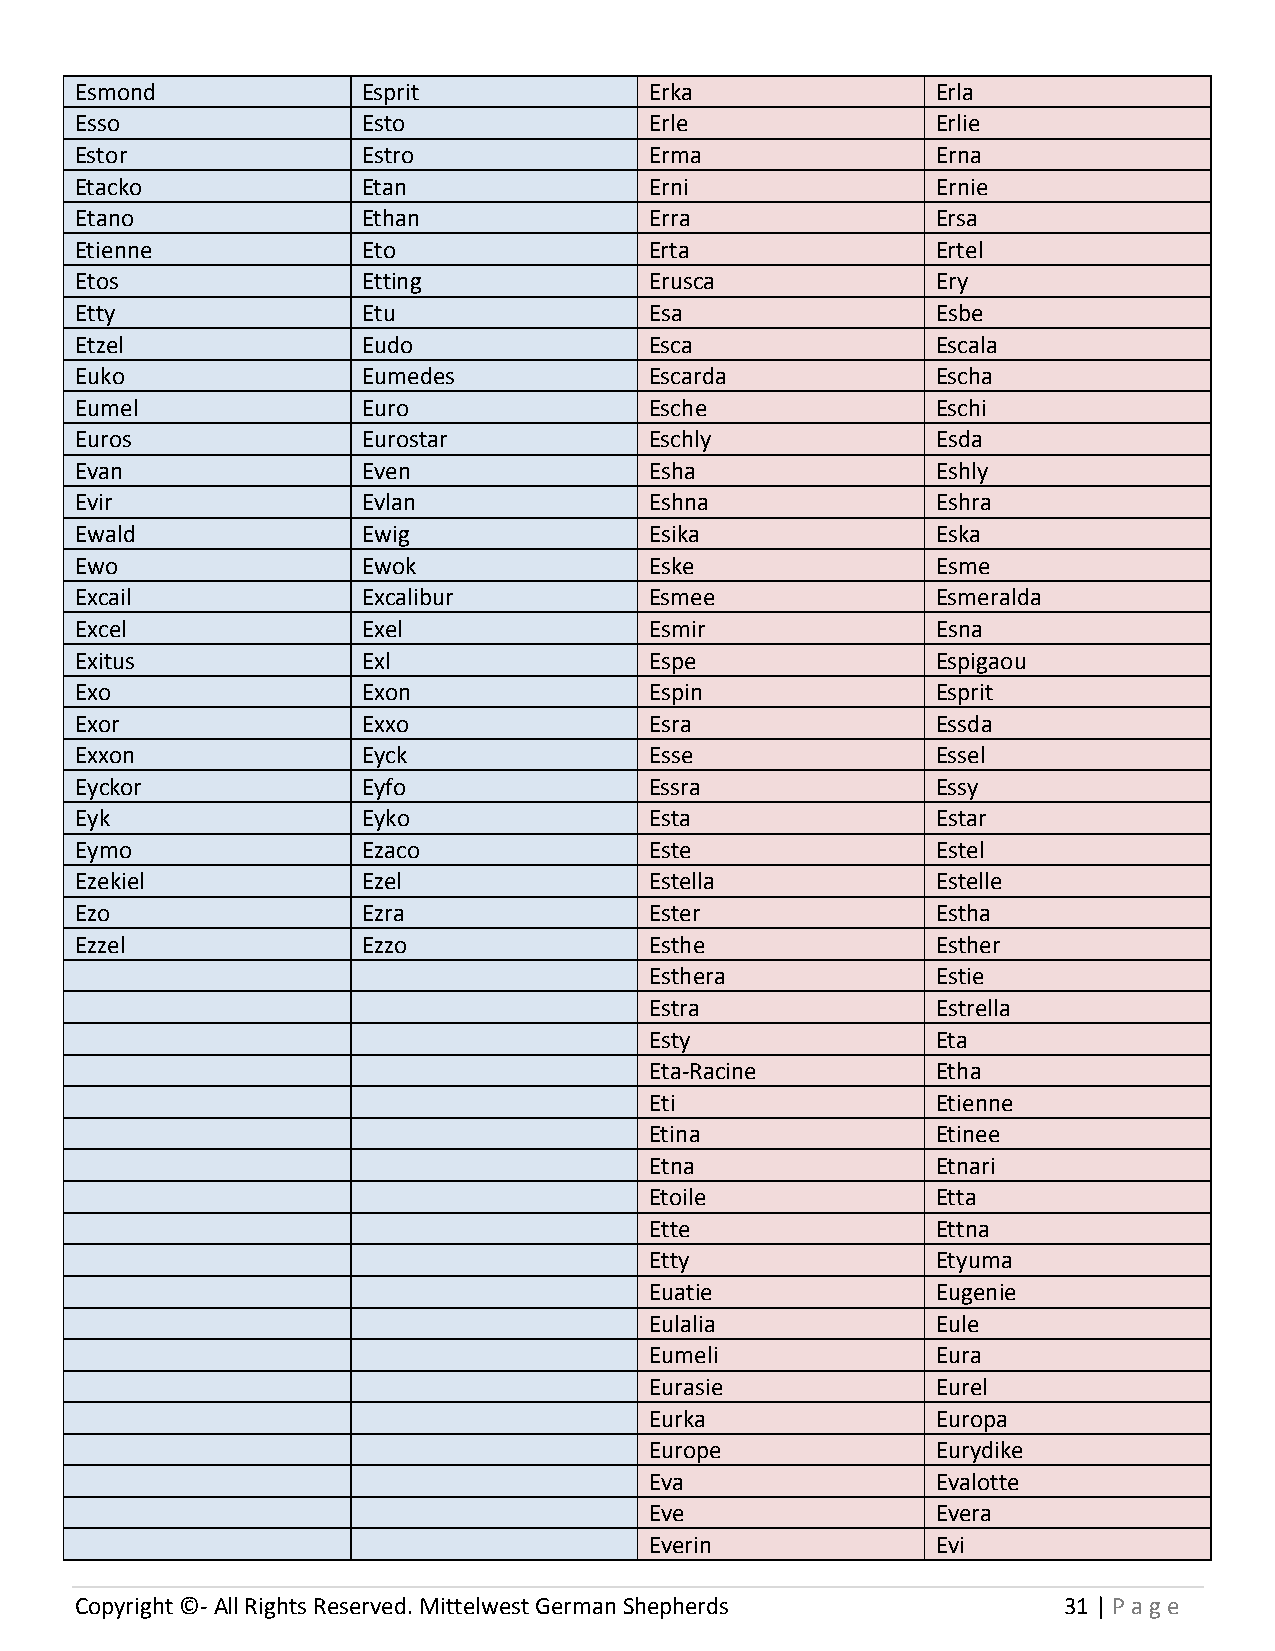
Esmond             Esprit             Erka               Erla
 Esso               Esto               Erle               Erlie
 Estor              Estro              Erma               Erna
 Etacko             Etan               Erni               Ernie
 Etano              Ethan              Erra               Ersa
 Etienne            Eto                Erta               Ertel
 Etos               Etting             Erusca             Ery
 Etty               Etu                Esa                Esbe
 Etzel              Eudo               Esca               Escala
 Euko               Eumedes            Escarda            Escha
 Eumel              Euro               Esche              Eschi
 Euros              Eurostar           Eschly             Esda
 Evan               Even               Esha               Eshly
 Evir               Evlan              Eshna              Eshra
 Ewald              Ewig               Esika              Eska
 Ewo                Ewok               Eske               Esme
 Excail             Excalibur          Esmee              Esmeralda
 Excel              Exel               Esmir              Esna
 Exitus             Exl                Espe               Espigaou
 Exo                Exon               Espin              Esprit
 Exor               Exxo               Esra               Essda
 Exxon              Eyck               Esse               Essel
 Eyckor             Eyfo               Essra              Essy
 Eyk                Eyko               Esta               Estar
 Eymo               Ezaco              Este               Estel
 Ezekiel            Ezel               Estella            Estelle
 Ezo                Ezra               Ester              Estha
 Ezzel              Ezzo               Esthe              Esther
 Esthera            Estie
 Estra              Estrella
 Esty               Eta
 Eta-Racine         Etha
 Eti                Etienne
 Etina              Etinee
 Etna               Etnari
 Etoile             Etta
 Ette               Ettna
 Etty               Etyuma
 Euatie             Eugenie
 Eulalia            Eule
 Eumeli             Eura
 Eurasie            Eurel
 Eurka              Europa
 Europe             Eurydike
 Eva                Evalotte
 Eve                Evera
 Everin             Evi
 Copyright ©- All Rights Reserved. Mittelwest German Shepherds    31 | P age